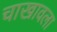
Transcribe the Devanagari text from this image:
चाखावला